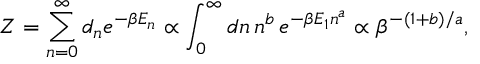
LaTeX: Z = \sum _ { n = 0 } ^ { \infty } d _ { n } e ^ { - \beta E _ { n } } \propto \int _ { 0 } ^ { \infty } d n \, n ^ { b } \, e ^ { - \beta E _ { 1 } n ^ { a } } \propto \beta ^ { - ( 1 + b ) / a } ,